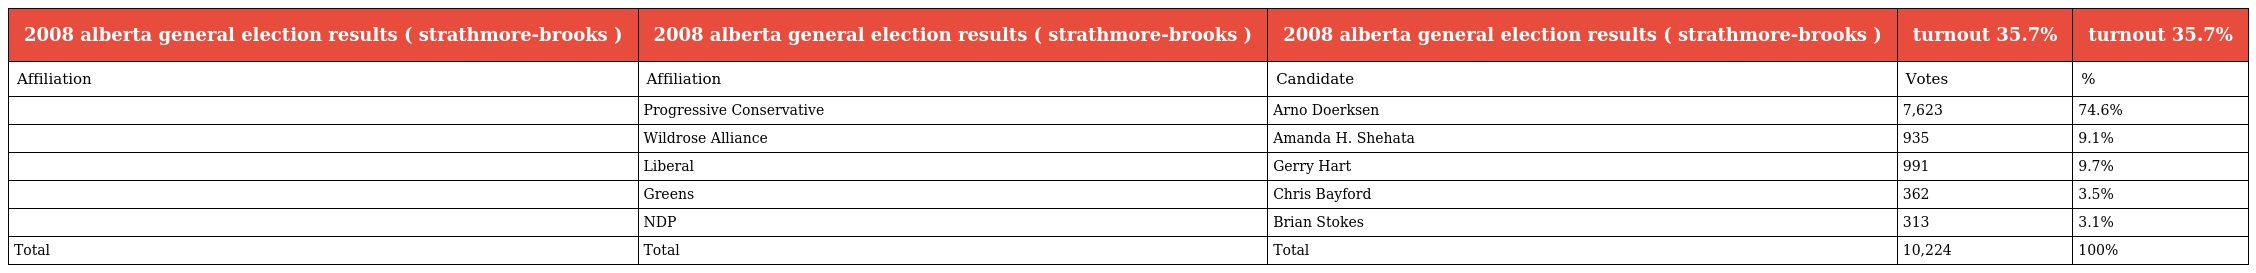
| 2008 alberta general election results ( strathmore-brooks ) | 2008 alberta general election results ( strathmore-brooks ) | 2008 alberta general election results ( strathmore-brooks ) | turnout 35.7% | turnout 35.7% |
 | --- | --- | --- | --- | --- |
 | Affiliation | Affiliation | Candidate | Votes | % |
 |  | Progressive Conservative | Arno Doerksen | 7,623 | 74.6% |
 |  | Wildrose Alliance | Amanda H. Shehata | 935 | 9.1% |
 |  | Liberal | Gerry Hart | 991 | 9.7% |
 |  | Greens | Chris Bayford | 362 | 3.5% |
 |  | NDP | Brian Stokes | 313 | 3.1% |
 | Total | Total | Total | 10,224 | 100% |